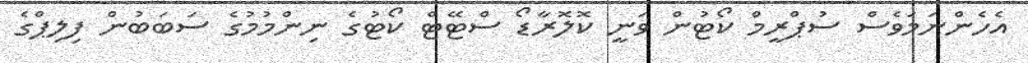
އެހެންނަމަވެސް ސުޕްރީމް ކޯޓުން ވަނީ ކޮލޮރާޑޯ ސްޓޭޓް ކޯޓުގެ ނިންމުމުގެ ސަބަބުން ފިލިޕްގެ